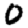
Digit: 0